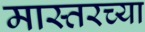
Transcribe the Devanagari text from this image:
मास्तरच्या